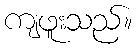
ကျဖူးသည်။